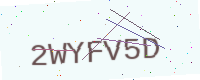
Text: 2WYFV5D